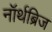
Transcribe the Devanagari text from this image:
नॉर्थब्रिज